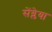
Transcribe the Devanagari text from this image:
सेंग्लेया